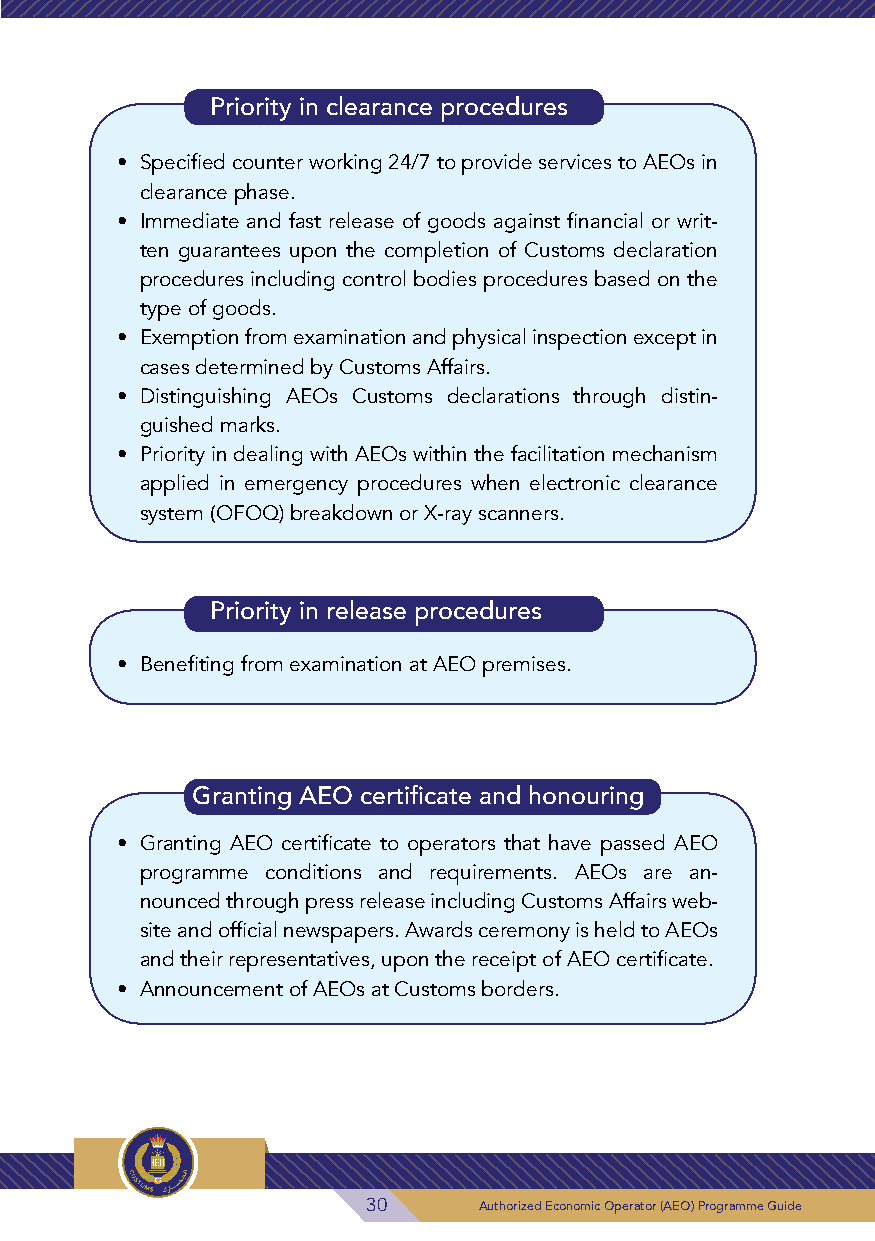
Priority in clearance procedures
 • Specified counter working 24/7 to provide services to AEOs in
 clearance phase.
 • Immediate and fast release of goods against financial or writ-
 ten guarantees upon the completion of Customs declaration
 procedures including control bodies procedures based on the
 type of goods.
 • Exemption from examination and physical inspection except in
 cases determined by Customs Affairs.
 • Distinguishing AEOs Customs declarations through distin-
 guished marks.
 • Priority in dealing with AEOs within the facilitation mechanism
 applied in emergency procedures when electronic clearance
 system (OFOQ) breakdown or X-ray scanners.
 Priority in release procedures
 • Benefiting from examination at AEO premises.
 Granting AEO certificate and honouring
 • Granting AEO certificate to operators that have passed AEO
 programme conditions and requirements. AEOs are an-
 nounced through press release including Customs Affairs web-
 site and official newspapers. Awards ceremony is held to AEOs
 and their representatives, upon the receipt of AEO certificate.
 • Announcement of AEOs at Customs borders.
 30      Authorized Economic Operator (AEO) Programme Guide